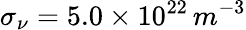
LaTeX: \sigma_{\nu}=5.0\times 10^{22}\, m^{-3}